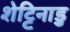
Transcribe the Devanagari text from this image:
शेट्टिनाडु